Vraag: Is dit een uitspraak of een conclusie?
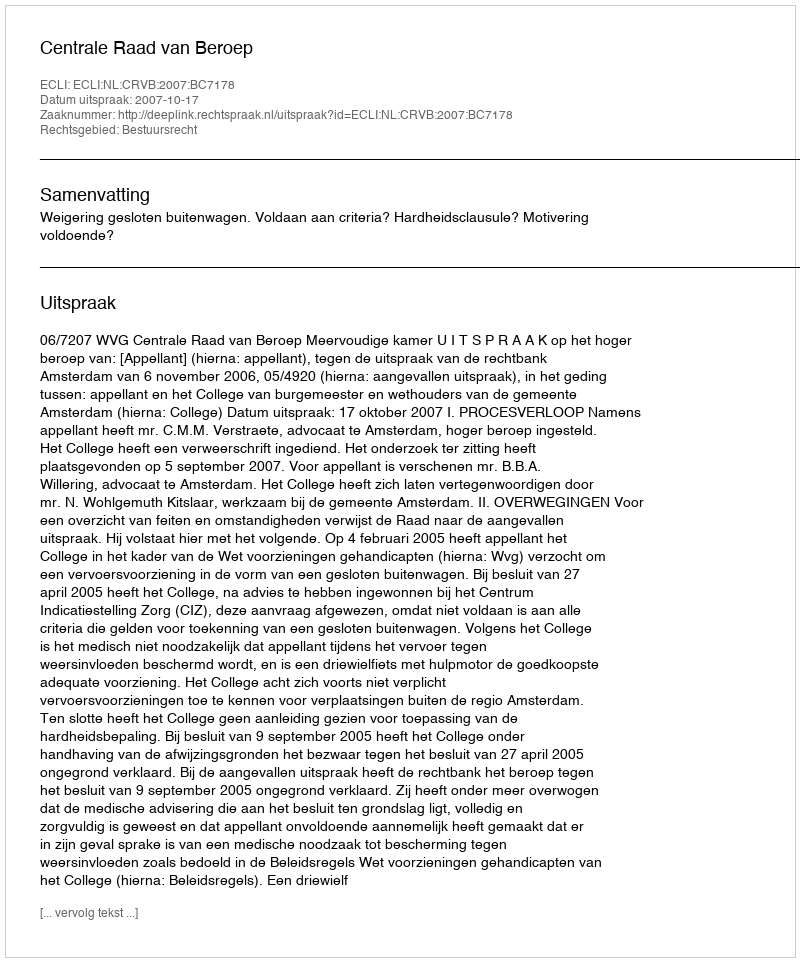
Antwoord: Uitspraak